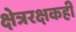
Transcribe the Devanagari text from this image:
क्षेत्ररक्षकही